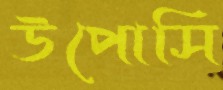
উপোসি